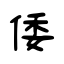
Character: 倭